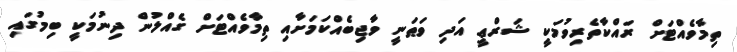
ތިމާވެއްޓަށް ރައްކާތެރިވުމަކީ ޝަރްޢީ އަދި ވަޠަނީ ވާޖިބެއްކަމަށާއި ތިމާވެއްޓަށް ގެއްލުން ދިނުމަކީ ބިމުގައި